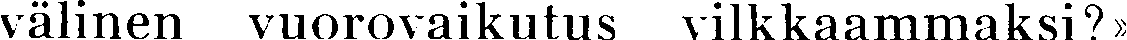
välinen vuorovaikutus vilkkaammaksi?»